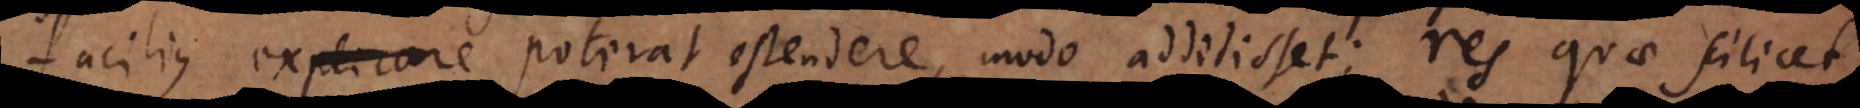
facilius explicare poterat ostendere, modo addidisset; res quae scilicet